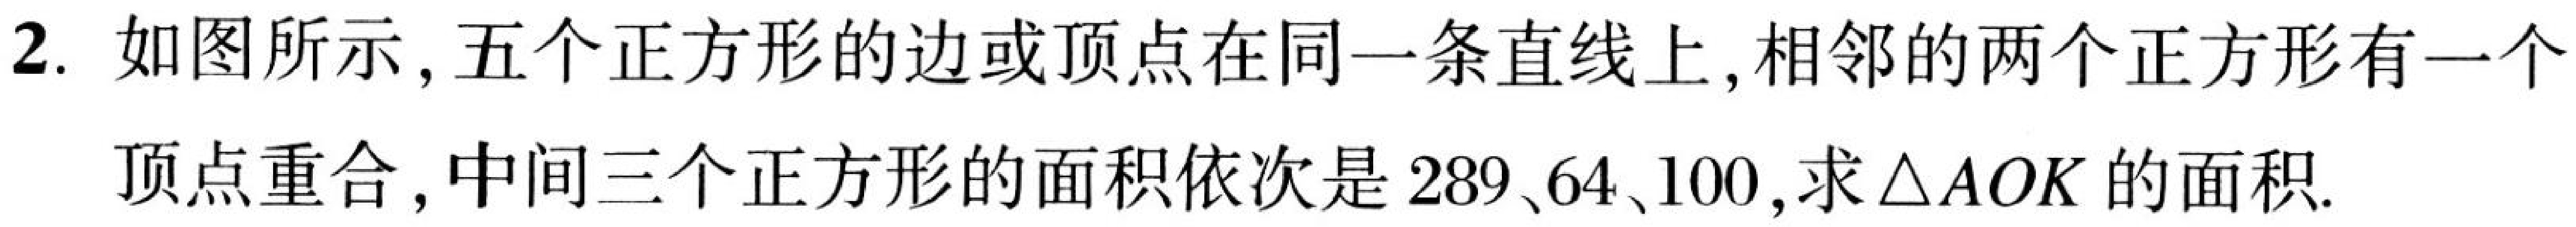
2. 如图所示, 五个正方形的边或顶点在同一条直线上, 相邻的两个正方形有一个
顶点重合, 中间三个正方形的面积依次是$289、64、100$, 求$\triangle AOK$的面积.